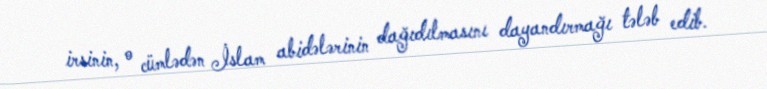
irsinin, o cümlədən İslam abidələrinin dağıdılmasını dayandırmağı tələb edib.